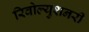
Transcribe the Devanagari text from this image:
रिवोल्युशनरी